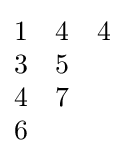
{\begin{matrix}1&4&4\\3&5\\4&7\\6\end{matrix}}